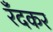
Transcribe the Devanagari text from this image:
रँदकर